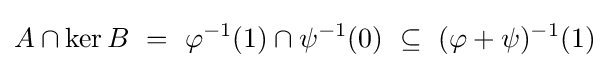
A\cap \ker B~=~\varphi ^{-1}(1)\cap \psi ^{-1}(0)~\subseteq ~(\varphi +\psi )^{-1}(1)